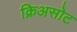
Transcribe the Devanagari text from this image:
क्रिअसोट